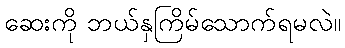
ဆေးကို ဘယ်နှကြိမ်သောက်ရမလဲ။